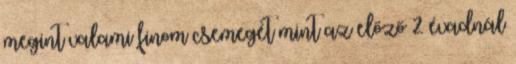
megint valami finom csemegét mint az előző 2 évadnál